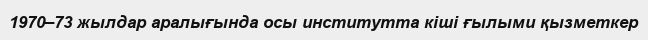
1970–73 жылдар аралығында осы институтта кіші ғылыми қызметкер